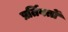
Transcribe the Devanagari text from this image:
प्रर्तिवर्तों